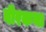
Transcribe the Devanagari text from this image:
वीरकथा